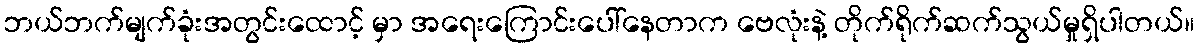
ဘယ်ဘက်မျက်ခုံးအတွင်းထောင့် မှာ အရေးကြောင်းပေါ်နေတာက ဗေလုံးနဲ့ တိုက်ရိုက်ဆက်သွယ်မှုရှိပါတယ်။